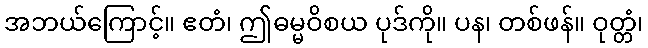
အဘယ်ကြောင့်။ ဧတံ၊ ဤဓမ္မဝိစယ ပုဒ်ကို။ ပန၊ တစ်ဖန်။ ဝုတ္တံ၊